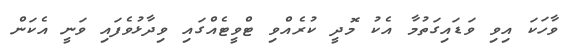
ވާހަކަ އިވި ވަޑައިގަތުމާ އެކު މޮދީ ކުރެއްވި ޓްވީޓެއްގައި ވިދާޅުވެފައި ވަނީ އެކަން